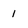
Character: 1